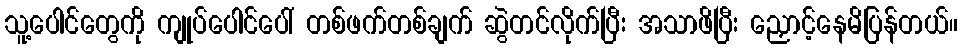
သူ့ပေါင်တွေကို ကျုပ်ပေါင်ပေါ် တစ်ဖက်တစ်ချက် ဆွဲတင်လိုက်ပြီး အသာဖိပြီး ညှောင့်နေမိပြန်တယ်။